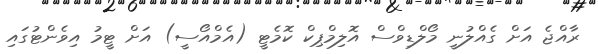
ރާއްޖެ އަށް ގެއްލުނީ މޯލްޑިވްސް އޮލިމްޕިކް ކޮމެޓީ (އެމްއޯސީ) އަށް ޓީމު އިވެންޓުގައި